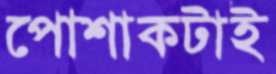
পোশাকটাই